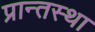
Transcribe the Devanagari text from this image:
प्रान्तस्था